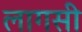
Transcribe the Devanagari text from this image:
लागसी